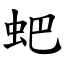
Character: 蚆